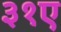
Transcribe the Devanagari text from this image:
३१ए